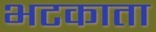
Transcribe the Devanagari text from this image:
भटकाता